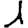
Digit: 1